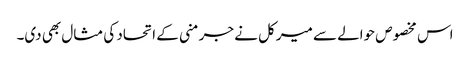
اس مخصوص حوالے سے میرکل نے جرمنی کے اتحاد کی مثال بھی دی۔